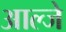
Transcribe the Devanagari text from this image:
आल्जे